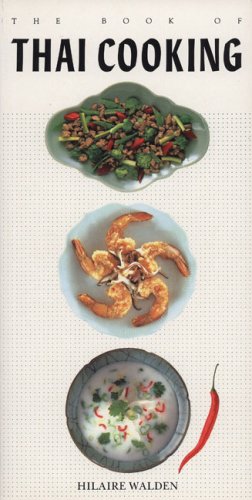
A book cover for The Book of Thai Cooking; Hilaire Walden; Cookbooks, Food & Wine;